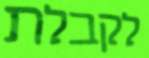
לקבלת